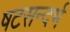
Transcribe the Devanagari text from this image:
षटसन्दर्भ